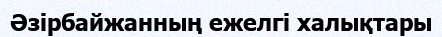
Әзірбайжанның ежелгі халықтары